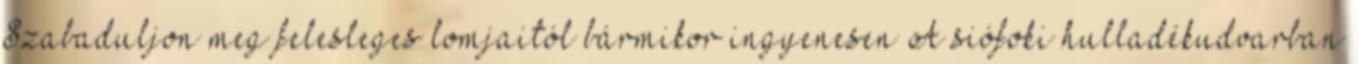
Szabaduljon meg felesleges lomjaitól bármikor ingyenesen A siófoki hulladékudvarban